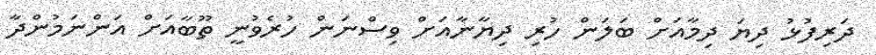
ދަރިފުޅު ދިޔަ ދިމާއަށް ބަލަން ހުރި ދިޔާނާއަށް ވިސްނަން ހުރެވުނީ ތޫބާއަށް އަންނަމުންދާ